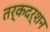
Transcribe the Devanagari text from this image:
तर्कदर्शन